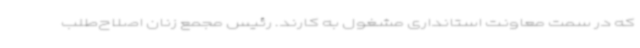
که در سمت معاونت استانداری مشغول‌ به کارند. رئیس مجمع زنان اصلاح‌طلب